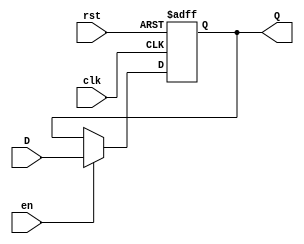
module input_register #(parameter WIDTH = 8) (
    input wire clk,                // Clock signal
    input wire rst,                // Reset signal (active high)
    input wire en,                 // Enable signal (active high)
    input wire [WIDTH-1:0] D,      // Data input
    output reg [WIDTH-1:0] Q        // Data output
);

// Asynchronous reset logic
always @(posedge clk or posedge rst) begin
    if (rst) begin
        Q <= {WIDTH{1'b0}};       // Clear output to zero on reset
    end else if (en) begin
        Q <= D;                   // Capture data on clock edge if enabled
    end
end

endmodule